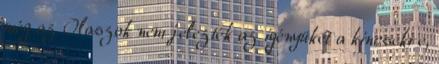
még az Olaszok nem jelezték az igényüket a kincsekre,